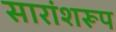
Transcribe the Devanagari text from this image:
सारांशरूप